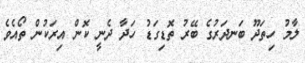
ލާމު ހިތަދޫ ބަނދަރުގެ ބޭރު ތޮޑިގަޑު ހަދާ ދެނީ ކޮން އިރަކުން ތޯއެވެ